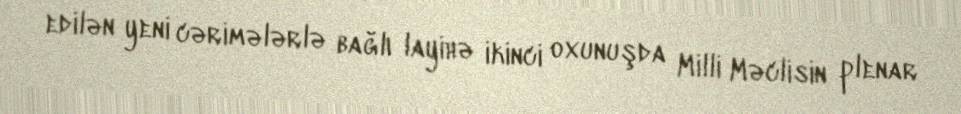
edilən yeni cərimələrlə bağlı layihə ikinci oxunuşda Milli Məclisin plenar